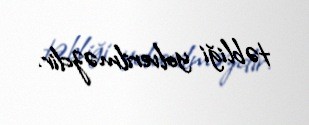
təbliği yolverilməzdir.